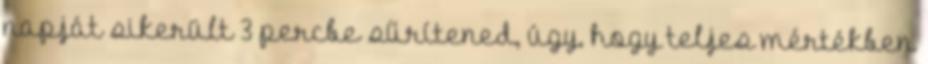
napját sikerült 3 percbe sűrítened, úgy, hogy teljes mértékben